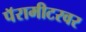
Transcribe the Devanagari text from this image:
पॅरामीटरवर